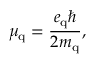
\mu _ { \mathrm { q } } = { \frac { e _ { \mathrm { q } } \hbar } { 2 m _ { \mathrm { q } } } } ,